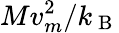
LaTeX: {Mv_{m}^{2}}/{k_{\mathrm{~B~}}}